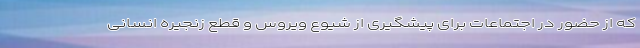
که از حضور در اجتماعات برای پیشگیری از شیوع ویروس و قطع زنجیره انسانی